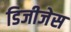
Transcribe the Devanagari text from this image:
डिजीजेस